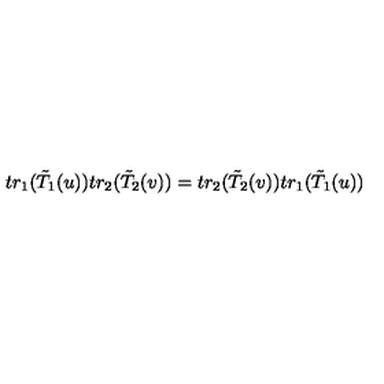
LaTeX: t r _ { 1 } ( \tilde { T } _ { 1 } ( u ) ) t r _ { 2 } ( \tilde { T } _ { 2 } ( v ) ) = t r _ { 2 } ( \tilde { T } _ { 2 } ( v ) ) t r _ { 1 } ( \tilde { T } _ { 1 } ( u ) )